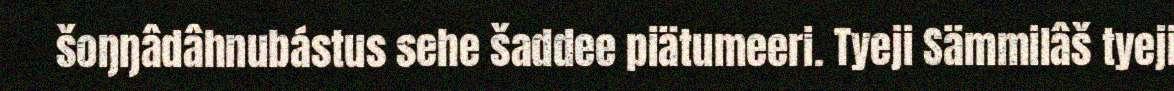
šoŋŋâdâhnubástus sehe šaddee piätumeeri. Tyeji Sämmilâš tyeji